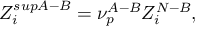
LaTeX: Z _ { i } ^ { s u p A - B } = \nu _ { p } ^ { A - B } Z _ { i } ^ { N - B } ,